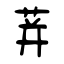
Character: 荓